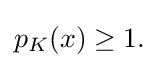
{\textstyle p_{K}(x)\geq 1.}